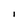
Character: I